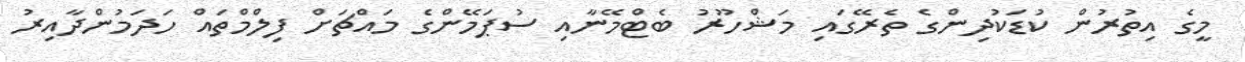
މީގެ އިތުރުން ކުޑަކުދިންގެ ތެރޭގައި މަޝްހޫރު ބެޓްމޭނާއި ސުޕަމޭންގެ މައްޗަށް ފިލްމްތައް ހަދަމުންދާއިރު